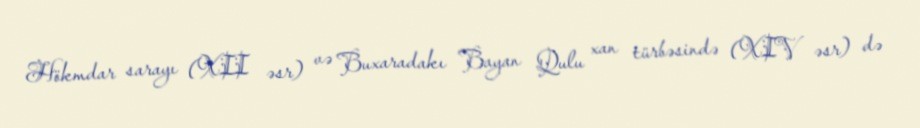
Hökmdar sarayı (XII əsr) və Buxaradakı Bayan Qulu xan türbəsində (XIV əsr) də